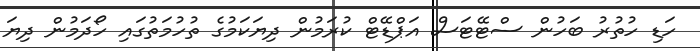
ހަޑި ހުތުރު ބަހުން ސްޓޭޓަސް އަޕްޑޭޓް ކުރަމުން ދިޔަކަމުގެ ތުހުމަތުގައި ހޯދަމުން ދިޔަ